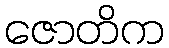
ဇောတိက